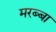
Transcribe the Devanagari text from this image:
मरब्बा